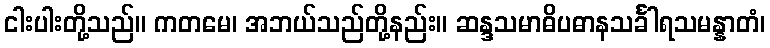
ငါးပါးတို့သည်။ ကတမေ၊ အဘယ်သည်တို့နည်း။ ဆန္ဒသမာဓိပဓာနသင်္ခါရသမန္နာတံ၊